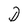
Character: D